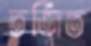
তর্জিত